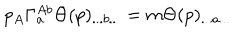
p _ { A } \Gamma _ { a } ^ { A b } \Theta ( p ) _ { . . . b . . . } = m \Theta ( p ) _ { . . . a . . . }